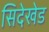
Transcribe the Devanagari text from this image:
सिदेखेड